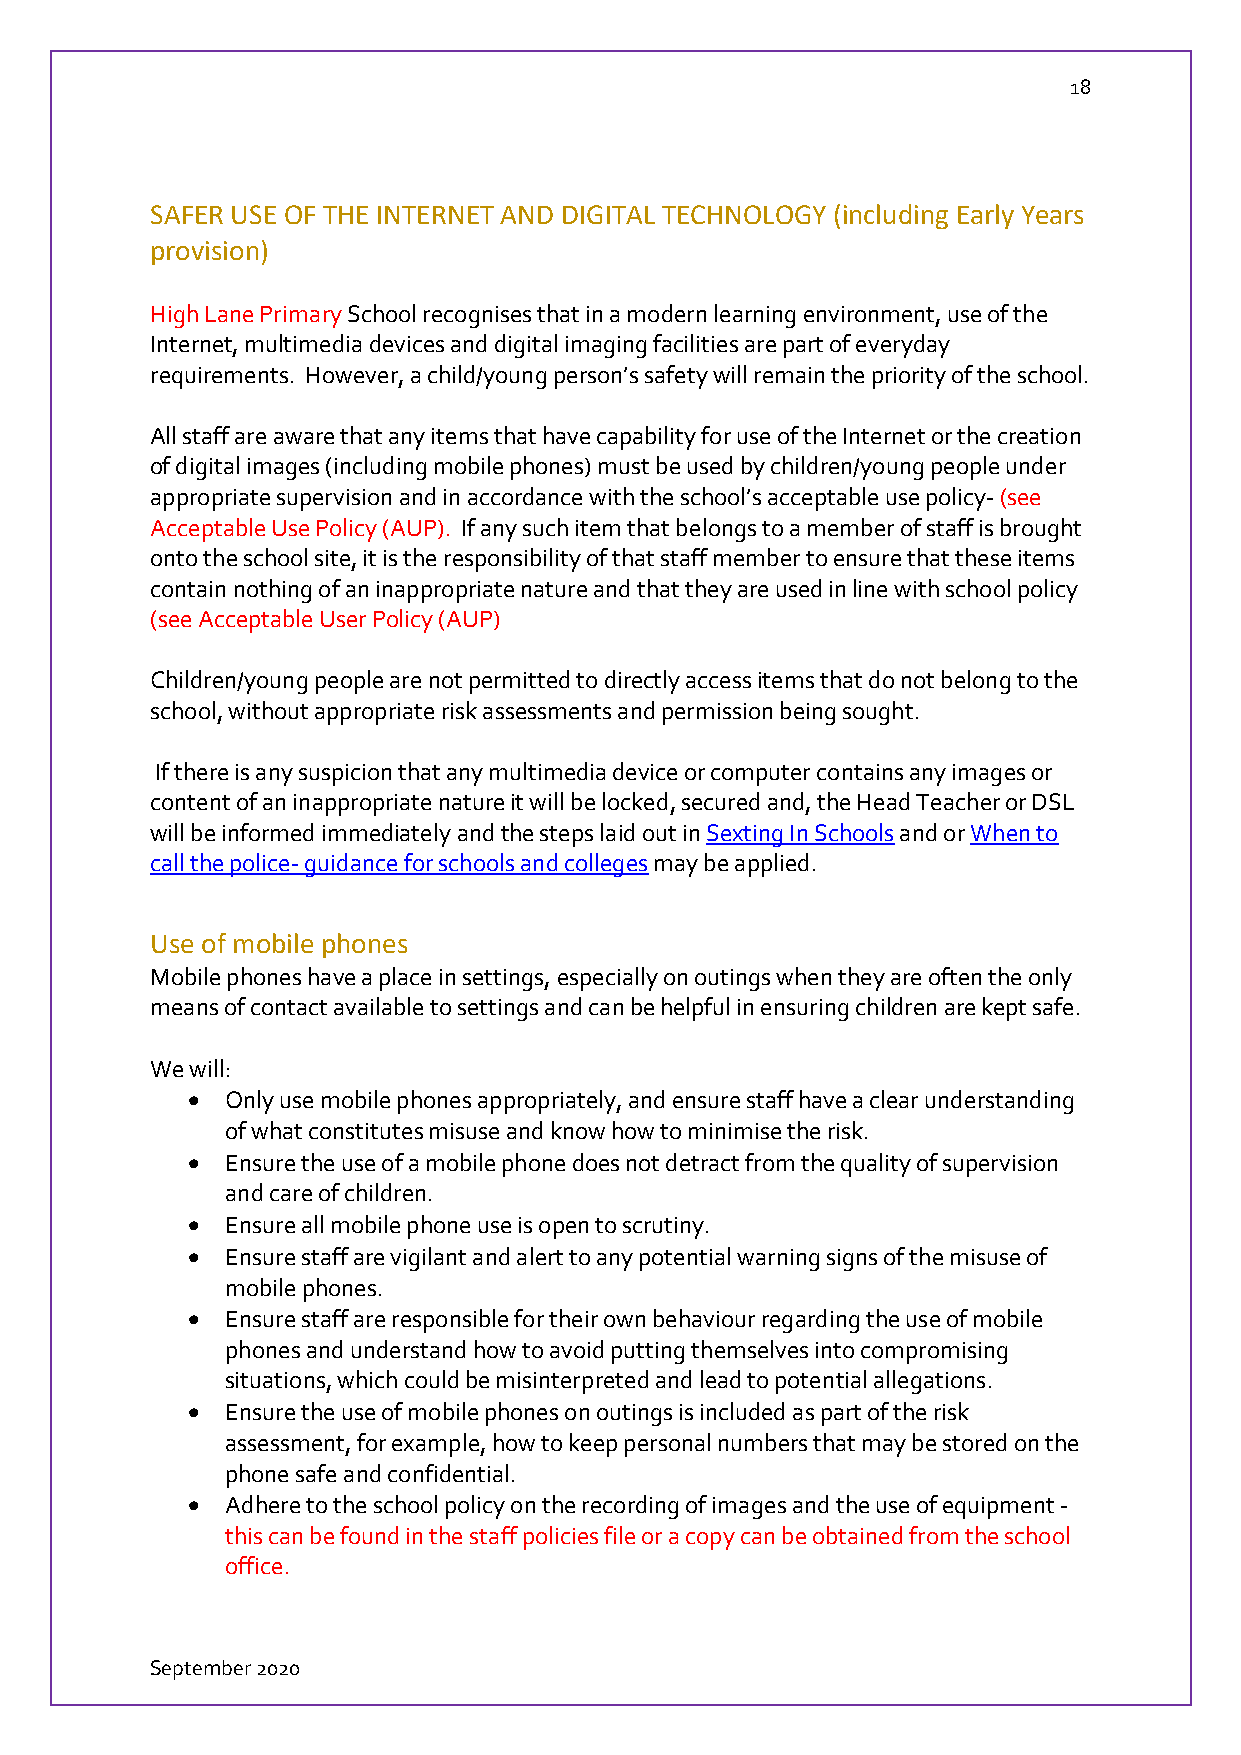
18
 SAFER USE OF THE INTERNET AND DIGITAL TECHNOLOGY (including Early Years
 provision)
 High Lane Primary School recognises that in a modern learning environment, use of the
 Internet, multimedia devices and digital imaging facilities are part of everyday
 requirements. However, a child/young person’s safety will remain the priority of the school.
 All staff are aware that any items that have capability for use of the Internet or the creation
 of digital images (including mobile phones) must be used by children/young people under
 appropriate supervision and in accordance with the school’s acceptable use policy- (see
 Acceptable Use Policy (AUP). If any such item that belongs to a member of staff is brought
 onto the school site, it is the responsibility of that staff member to ensure that these items
 contain nothing of an inappropriate nature and that they are used in line with school policy
 (see Acceptable User Policy (AUP)
 Children/young people are not permitted to directly access items that do not belong to the
 school, without appropriate risk assessments and permission being sought.
 If there is any suspicion that any multimedia device or computer contains any images or
 content of an inappropriate nature it will be locked, secured and, the Head Teacher or DSL
 will be informed immediately and the steps laid out in Sexting In Schools and or When to
 call the police- guidance for schools and colleges may be applied.
 Use of mobile phones
 Mobile phones have a place in settings, especially on outings when they are often the only
 means of contact available to settings and can be helpful in ensuring children are kept safe.
 We will:
   Only use mobile phones appropriately, and ensure staff have a clear understanding
 of what constitutes misuse and know how to minimise the risk.
   Ensure the use of a mobile phone does not detract from the quality of supervision
 and care of children.
   Ensure all mobile phone use is open to scrutiny.
   Ensure staff are vigilant and alert to any potential warning signs of the misuse of
 mobile phones.
   Ensure staff are responsible for their own behaviour regarding the use of mobile
 phones and understand how to avoid putting themselves into compromising
 situations, which could be misinterpreted and lead to potential allegations.
   Ensure the use of mobile phones on outings is included as part of the risk
 assessment, for example, how to keep personal numbers that may be stored on the
 phone safe and confidential.
   Adhere to the school policy on the recording of images and the use of equipment -
 this can be found in the staff policies file or a copy can be obtained from the school
 office.
 September 2020